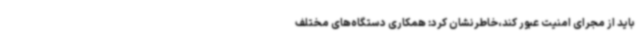
باید از مجرای امنیت عبور کند،خاطرنشان کرد: همکاری دستگاه‌های مختلف